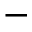
-